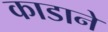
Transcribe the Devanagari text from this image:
काडाने